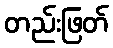
တည်းဖြတ်